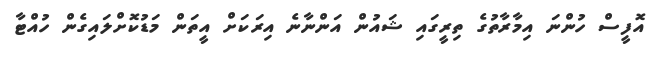
އޮފީސް ހުންނަ އިމާރާތުގެ ތިރީގައި ޝައުން އަންނާނެ އިރަކަށް އީތަން މަޑުކޮށްލައިގެން ހުއްޓާ